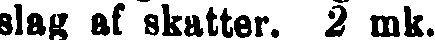
slag af skatter. 2 mk.